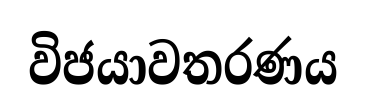
විජයාවතරණය